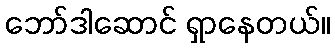
ဘော်ဒါဆောင် ရှာနေတယ်။